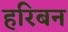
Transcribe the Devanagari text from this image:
हरिबन